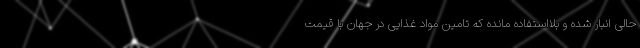
حالی انبار شده و بلااستفاده مانده که تامین مواد غذایی در جهان با قیمت